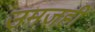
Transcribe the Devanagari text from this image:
उमजही